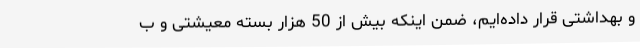
و بهداشتی قرار داده‌ایم، ضمن اینکه بیش از 50 هزار بسته معیشتی و ب